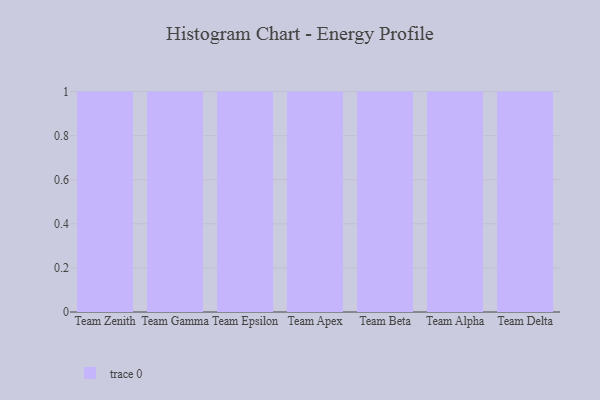
{"axis": {"x": "Team", "y": "Waste Production (Tons)"}, "legend": [""], "data": [{"x": "Team Zenith", "y": 15, "type": ""}, {"x": "Team Gamma", "y": 77, "type": ""}, {"x": "Team Epsilon", "y": 54, "type": ""}, {"x": "Team Apex", "y": 100, "type": ""}, {"x": "Team Beta", "y": 19, "type": ""}, {"x": "Team Alpha", "y": 9, "type": ""}, {"x": "Team Delta", "y": 47, "type": ""}]}